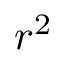
r ^ { 2 }